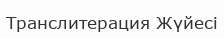
Транслитерация Жүйесі